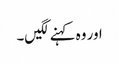
اور وہ کہنے لگیں۔